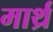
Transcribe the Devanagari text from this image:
मार्थ्र